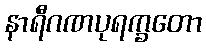
နာရီဂဏပုရက္ခတော